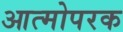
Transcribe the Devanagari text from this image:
आत्मोपरक